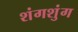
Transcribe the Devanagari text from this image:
शंगशुंग